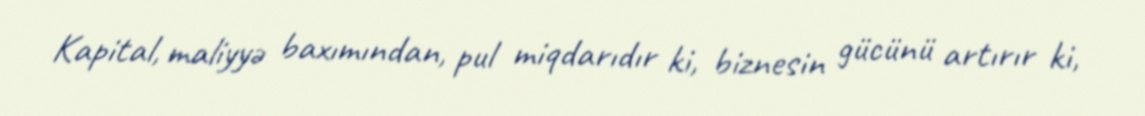
Kapital, maliyyə baxımından, pul miqdarıdır ki, biznesin gücünü artırır ki,